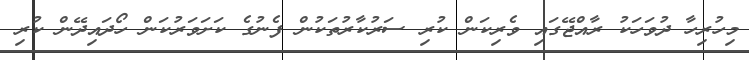
މިހުރިހާ ދުވަހަކު ރާއްޖޭގައި ވެރިކަން ކުރި ސަރުކާރުތަކުން ފެނުގެ ކަށަވަރުކަން ހޯދައިދޭން ކުރި